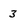
Character: 3